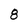
Character: 8